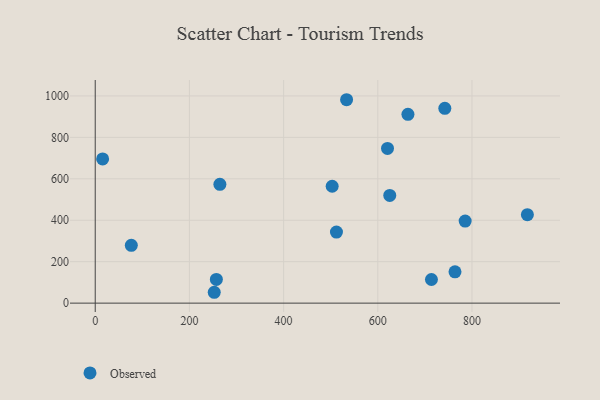
{"axis": {"x": "Price", "y": "Demand"}, "legend": ["Observed"], "data": [{"x": "713.9", "y": 114.1, "type": "Observed"}, {"x": "252.7", "y": 52.4, "type": "Observed"}, {"x": "664.0", "y": 911.3, "type": "Observed"}, {"x": "264.7", "y": 573.5, "type": "Observed"}, {"x": "785.5", "y": 396.0, "type": "Observed"}, {"x": "620.6", "y": 746.5, "type": "Observed"}, {"x": "257.2", "y": 114.3, "type": "Observed"}, {"x": "763.9", "y": 151.1, "type": "Observed"}, {"x": "15.7", "y": 696.2, "type": "Observed"}, {"x": "533.7", "y": 981.7, "type": "Observed"}, {"x": "742.3", "y": 940.2, "type": "Observed"}, {"x": "512.2", "y": 342.9, "type": "Observed"}, {"x": "76.6", "y": 279.2, "type": "Observed"}, {"x": "625.4", "y": 519.7, "type": "Observed"}, {"x": "917.6", "y": 426.8, "type": "Observed"}, {"x": "503.1", "y": 564.0, "type": "Observed"}]}